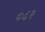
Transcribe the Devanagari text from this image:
०८२